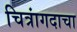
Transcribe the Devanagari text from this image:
चित्रांगदाचा